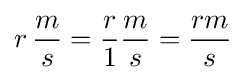
r\,{\frac {m}{s}}={\frac {r}{1}}{\frac {m}{s}}={\frac {rm}{s}}